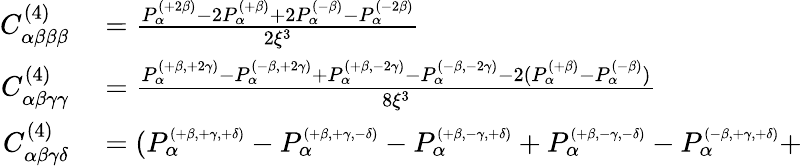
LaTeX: \begin{array}{rl}{C_{\alpha\beta\beta\beta}^{(4)}}&{{}=\frac{P_{\alpha}^{\scriptscriptstyle{(+2\beta)}}-2P_{\alpha}^{\scriptscriptstyle{(+\beta)}}+2P_{\alpha}^{\scriptscriptstyle{(-\beta)}}-P_{\alpha}^{\scriptscriptstyle{(-2\beta)}}}{2\xi^{3}}}\\ {C_{\alpha\beta\gamma\gamma}^{(4)}}&{{}=\frac{P_{\alpha}^{\scriptscriptstyle{(+\beta,+2\gamma)}}-P_{\alpha}^{\scriptscriptstyle{(-\beta,+2\gamma)}}+P_{\alpha}^{\scriptscriptstyle{(+\beta,-2\gamma)}}-P_{\alpha}^{\scriptscriptstyle{(-\beta,-2\gamma)}}-2(P_{\alpha}^{\scriptscriptstyle{(+\beta)}}-P_{\alpha}^{\scriptscriptstyle{(-\beta)}})}{8\xi^{3}}}\\ {C_{\alpha\beta\gamma\delta}^{(4)}}&{{}=(P_{\alpha}^{\scriptscriptstyle{(+\beta,+\gamma,+\delta)}}-P_{\alpha}^{\scriptscriptstyle{(+\beta,+\gamma,-\delta)}}-P_{\alpha}^{\scriptscriptstyle{(+\beta,-\gamma,+\delta)}}+P_{\alpha}^{\scriptscriptstyle{(+\beta,-\gamma,-\delta)}}-P_{\alpha}^{\scriptscriptstyle{(-\beta,+\gamma,+\delta)}}+}\end{array}